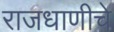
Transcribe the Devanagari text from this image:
राजधाणीचे